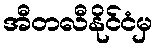
အီတလီနိုင်ငံမှ